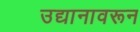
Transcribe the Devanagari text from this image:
उद्यानावरून